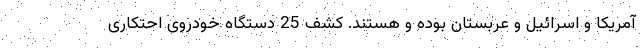
آمریکا و اسرائیل و عربستان بوده و هستند. کشف 25 دستگاه خودروی احتکاری